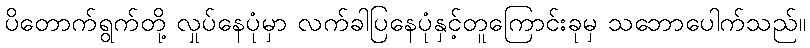
ပိတောက်ရွက်တို့ လှုပ်နေပုံမှာ လက်ခါပြနေပုံနှင့်တူကြောင်းခုမှ သဘောပေါက်သည်။